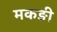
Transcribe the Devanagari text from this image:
मकङी